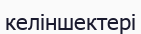
келіншектері